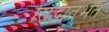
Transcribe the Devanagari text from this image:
सिद्धांतभत